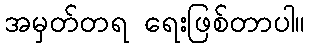
အမှတ်တရ ရေးဖြစ်တာပါ။